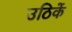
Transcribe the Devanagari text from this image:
उठिकें